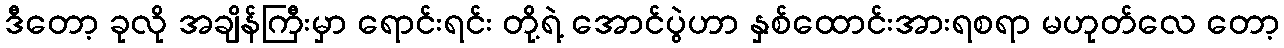
ဒီတော့ ခုလို အချိန်ကြီးမှာ ရောင်းရင်း တို့ရဲ့ အောင်ပွဲဟာ နှစ်ထောင်းအားရစရာ မဟုတ်လေ တော့